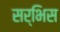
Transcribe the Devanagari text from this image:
सर्भिस